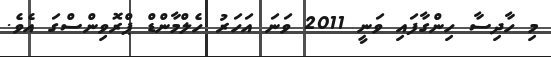
މި ހާދިސާ ހިންގާފައި ވަނީ 2011 ވަނަ އަހަރު ހެލްމާންޑް ޕްރޮވިންސްގަ އެވެ.